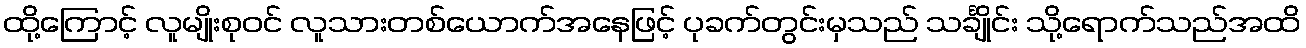
ထို့ကြောင့် လူမျိုးစုဝင် လူသားတစ်ယောက်အနေဖြင့် ပုခက်တွင်းမှသည် သင်္ချိုင်း သို့ရောက်သည်အထိ